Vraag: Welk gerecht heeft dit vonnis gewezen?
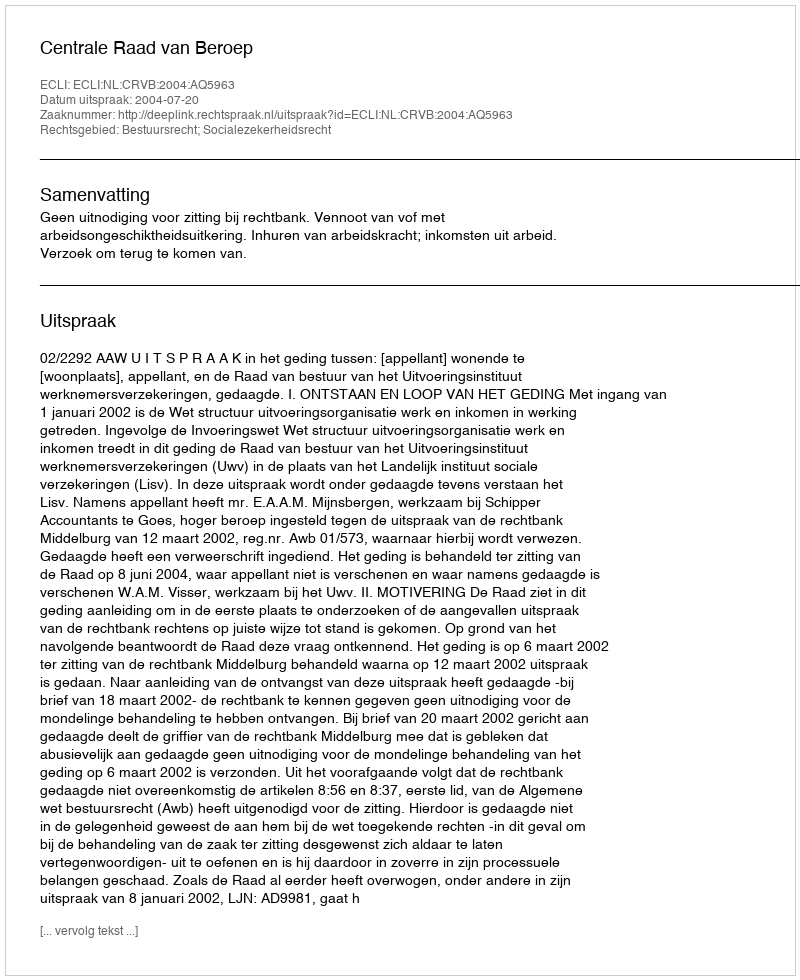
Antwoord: Centrale Raad van Beroep